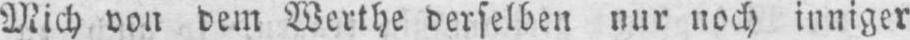
Mich von dem Werthe derselben nur noch inniger